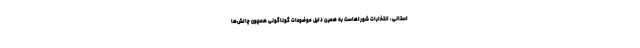
استانی، انتخابات شوراهاست به همین دلیل موضوعات گوناگونی همچون چالش‌ها